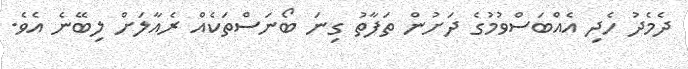
ދެމެދު ހެދި އެއްބަސްވުމުގެ ދަށުން ތަފާތު ގިނަ ބޯނަސްތަކެއް ރެއާލަށް ލިބޭނެ އެވެ.